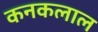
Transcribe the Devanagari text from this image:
कनकलाल